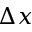
\Delta x